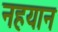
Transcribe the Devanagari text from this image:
नहयान